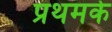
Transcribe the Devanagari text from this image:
प्रथमके